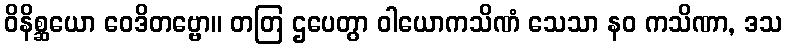
ဝိနိစ္ဆယော ဝေဒိတဗ္ဗော။ တတြ ဌပေတွာ ဝါယောကသိဏံ သေသာ နဝ ကသိဏာ, ဒသ